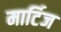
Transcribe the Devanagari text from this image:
मार्टिज